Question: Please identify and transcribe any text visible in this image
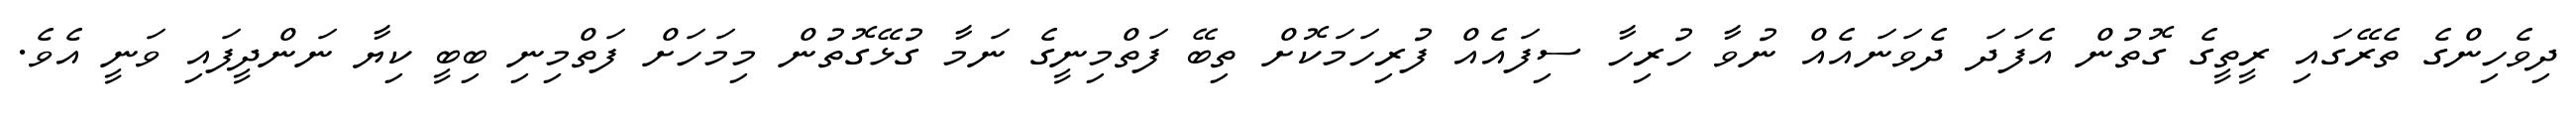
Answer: ދިވެހިންގެ ތެރޭގައި ރީތީގެ ގޮތުން އެފަދަ ދެވަނައެއް ނުވާ ހުރިހާ ސިފައެއް ފުރިހަމަކޮށް ތިބޭ ފަތްމިނީގެ ނަމާ ގުޅޭގޮތުން މިމަހަށް ފަތްމިނި ބިބީ ކިޔާ ނަންދީފައި ވަނީ އެވެ.